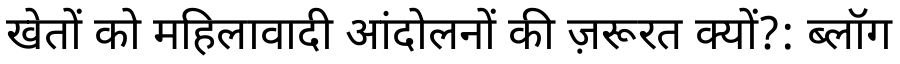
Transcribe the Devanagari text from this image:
खेतों को महिलावादी आंदोलनों की ज़रूरत क्यों?: ब्लॉग